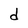
Character: d